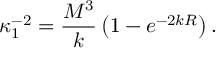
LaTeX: \kappa _ { 1 } ^ { - 2 } = \frac { M ^ { 3 } } { k } \left( 1 - e ^ { - 2 k R } \right) .